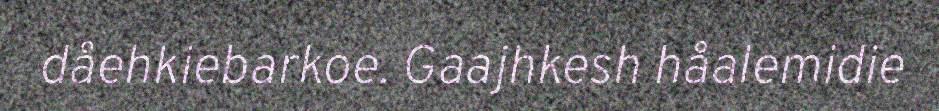
dåehkiebarkoe. Gaajhkesh håalemidie